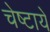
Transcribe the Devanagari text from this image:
चेष्‍टायें